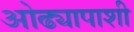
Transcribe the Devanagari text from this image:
ओढ्यापाशी